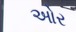
ઓર